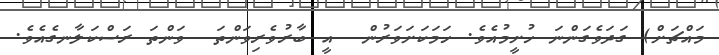
މައްޗަށް) ގަދަވެގަންނަ ހުށީމުއެވެ. ހަމަކަށަވަރުން  އީ ބާރުވެރިވަންތަ  ވަންތަ ރަސްކަލާނގެއެވެ.